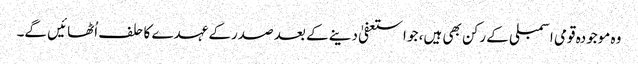
وہ موجودہ قومی اسمبلی کے رکن بھی ہیں، جو استعفیٰ دینے کے بعد صدرکے عہدے کا حلف اُٹھائیں گے۔